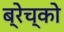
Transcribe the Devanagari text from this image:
ब्रेच्को